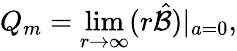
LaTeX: Q_{m}=\operatorname*{lim}_{r\to\infty}(r\hat{\cal B})|_{a=0},